Senior Leaving Certificate Examination (including Day School Certificate (Higher) General paper), 1946
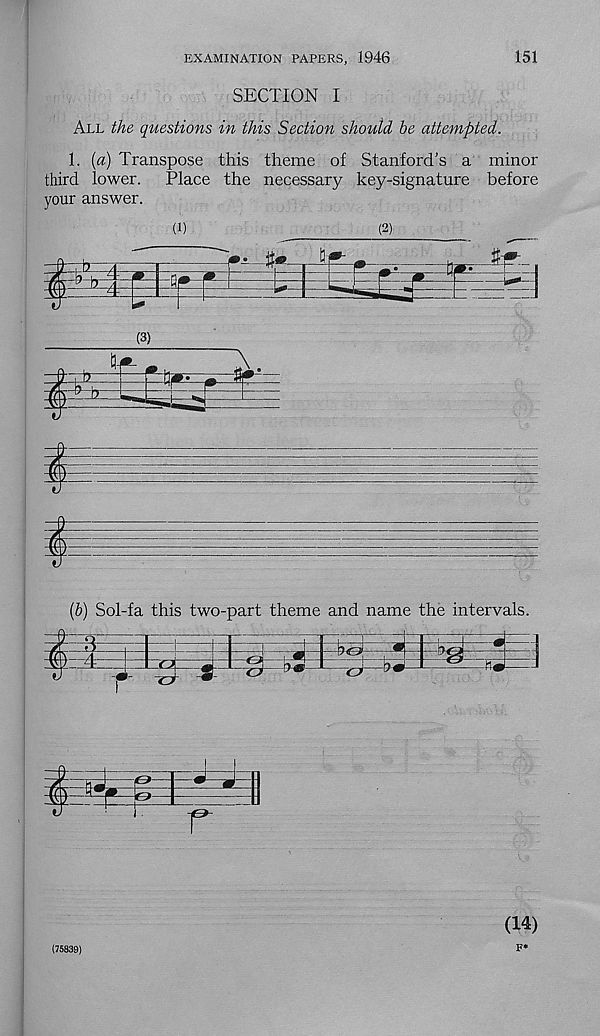
EXAMINATION PAPERS, 1946
151
SECTION I
All the questions in this Section shoiild be attempted.
1. {a) Transpose this theme of Stanford’s a minor
third lower.
Place the necessary key-signature before
your answer.
(1)
(2)
{b) Sol-fa this two-part theme and name the intervals.
(14)
(75839)
F*